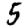
Digit: 5